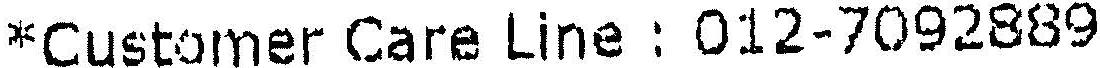
*CUSTOMER CARE LINE : 012-7092889